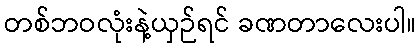
တစ်ဘဝလုံးနဲ့ယှဉ်ရင် ခဏတာလေးပါ။